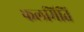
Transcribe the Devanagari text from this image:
फलमिति